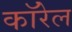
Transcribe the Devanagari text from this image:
कॉरेल